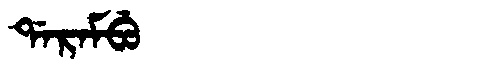
Manchu: ᡩᠠᡵᠠᠮᠪᡠ
Romanization: DARAMBU